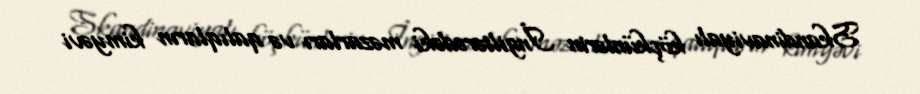
Skandinaviyalı köçkünlərin İngiltərədəki məzarları və qalıqların kimyəvi